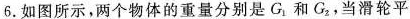
6.如图所示，两个物体的重量分别是G和G2，当滑轮